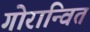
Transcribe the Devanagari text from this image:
गोरान्वित